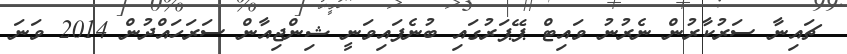
ޗައިނާ ސަރުކާރުން ނެރުނު ވައިޓް ޕޭޕަރުގައި ބުނެފައިވަނީ ޝިންޖިއާން ސަރަހައްދުން 2014 ވަނަ